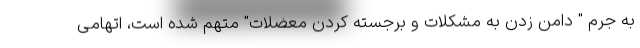
به جرم " دامن زدن به مشکلات و برجسته کردن معضلات" متهم شده است، اتهامی